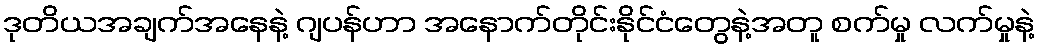
ဒုတိယအချက်အနေနဲ့ ဂျပန်ဟာ အနောက်တိုင်းနိုင်ငံတွေနဲ့အတူ စက်မှု လက်မှုနဲ့